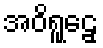
အဝိရူဠှေ